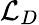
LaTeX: \mathcal{L}_{D}